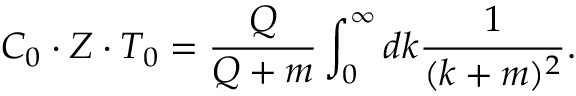
C _ { 0 } \cdot Z \cdot T _ { 0 } = \frac { Q } { Q + m } \int _ { 0 } ^ { \infty } d k \frac { 1 } { ( k + m ) ^ { 2 } } .